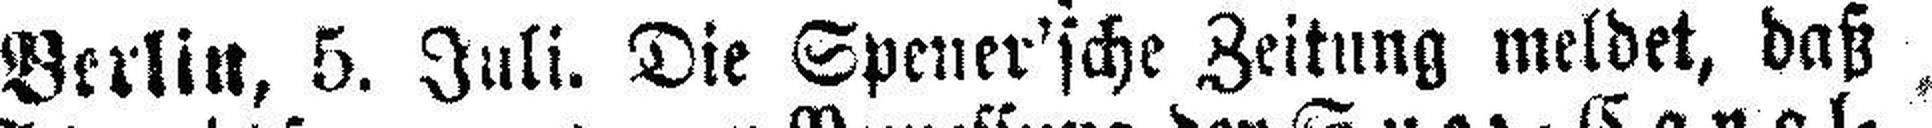
Berlin, 5. Juli. Die Spener'sche Zeitung meldet, daß